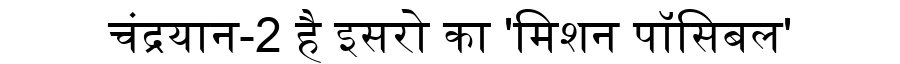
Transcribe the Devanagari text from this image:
चंद्रयान-2 है इसरो का 'मिशन पॉसिबल'